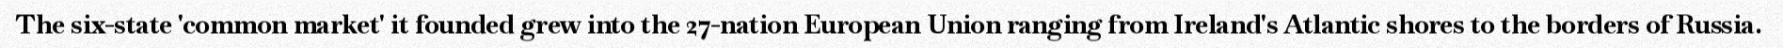
The six-state 'common market' it founded grew into the 27-nation European Union ranging from Ireland's Atlantic shores to the borders of Russia.